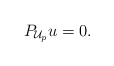
\begin{align*}P_{\mathcal{U}_p} u = 0.\end{align*}